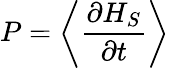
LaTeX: P=\left\langle{\frac{\partial H_{S}}{\partial t}}\right\rangle